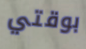
بوقتي